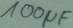
Text: 100µF